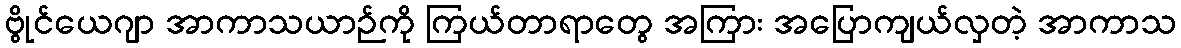
ဗွိုင်ယေဂျာ အာကာသယာဉ်ကို ကြယ်တာရာတွေ အကြား အပြောကျယ်လှတဲ့ အာကာသ